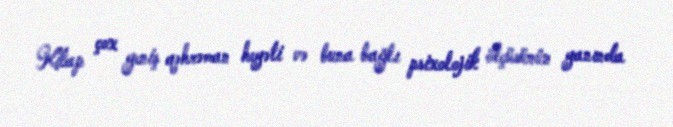
Kitap çox geniş qəhrəman heyəti və buna bağlı psixolojik ölçüsünün yanında